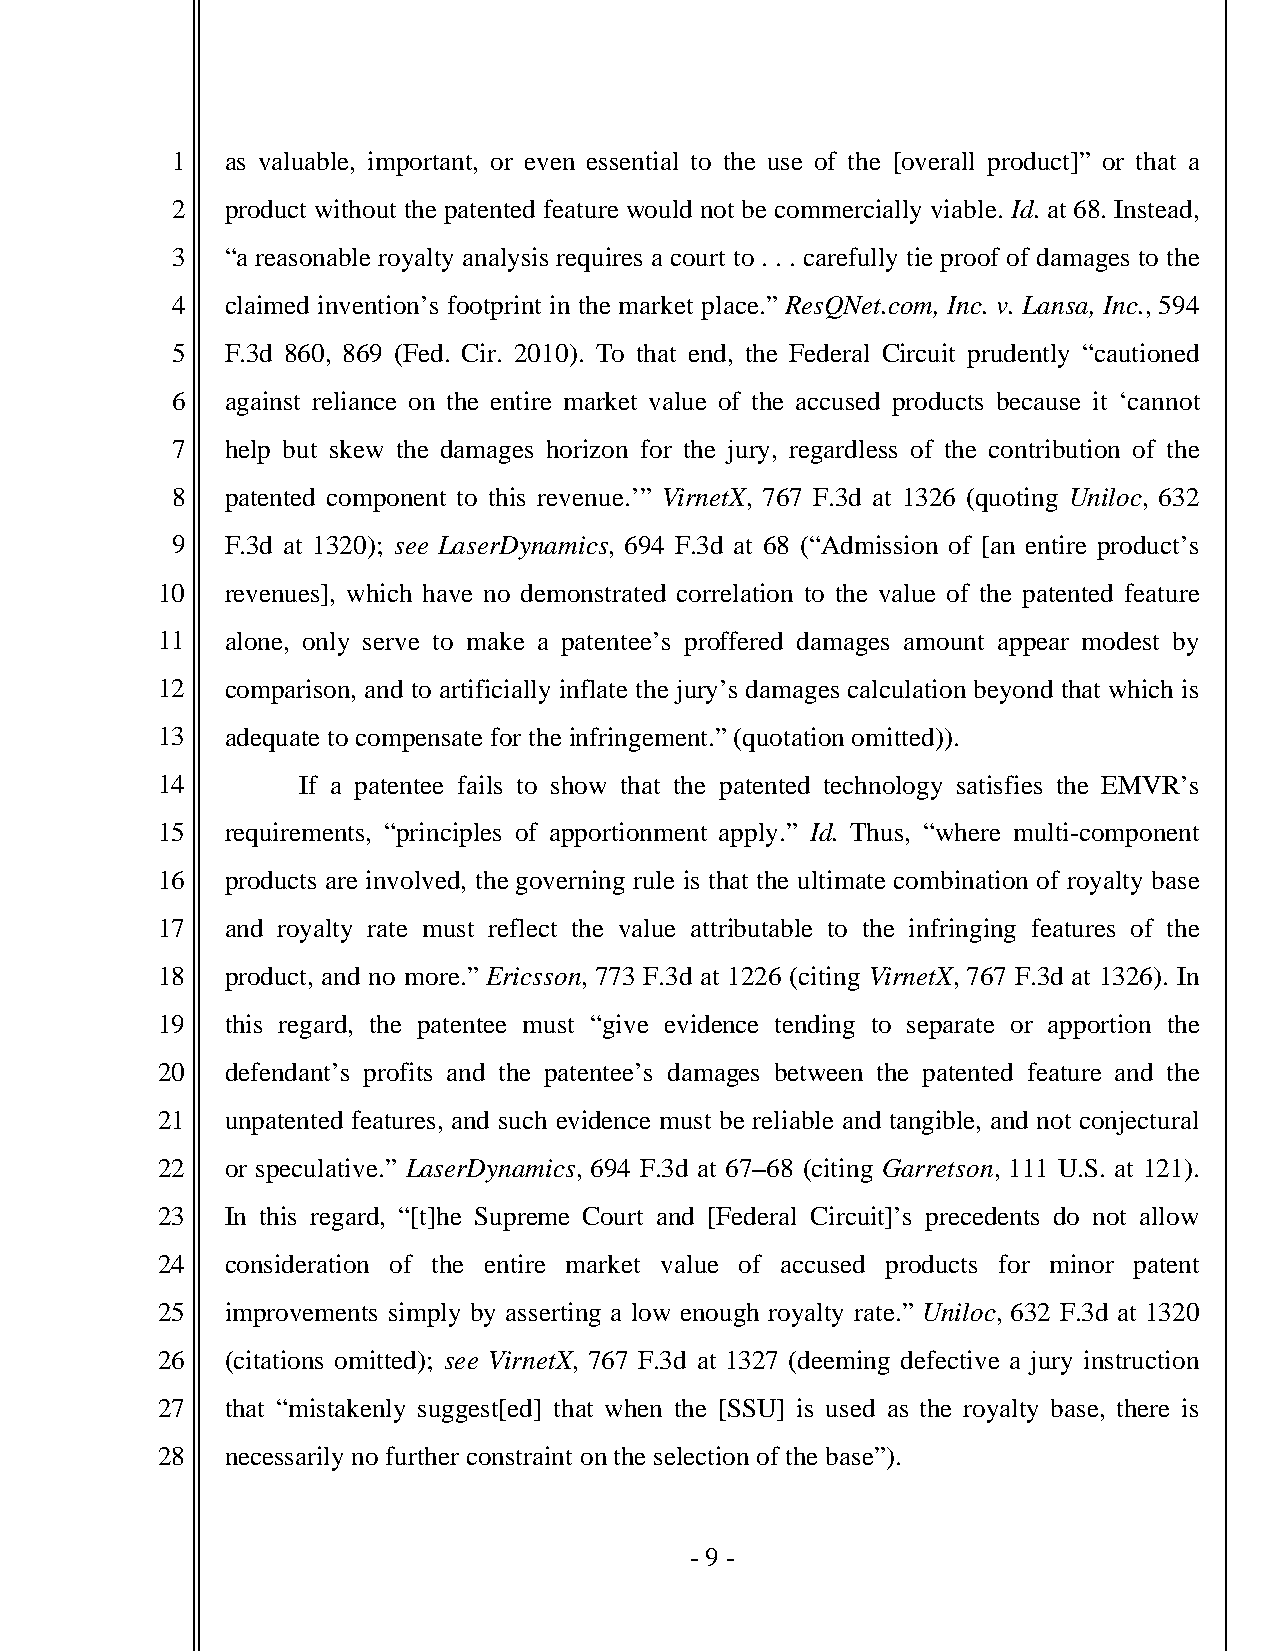
1   as valuable, important, or even essential to the use of the [overall product]” or that a
 2   product without the patented feature would not be commercially viable. Id. at 68. Instead,
 3   “a reasonable royalty analysis requires a court to . . . carefully tie proof of damages to the
 4   claimed invention’s footprint in the market place.” ResQNet.com, Inc. v. Lansa, Inc., 594
 5   F.3d 860, 869 (Fed. Cir. 2010). To that end, the Federal Circuit prudently “cautioned
 6   against reliance on the entire market value of the accused products because it ‘cannot
 7   help but skew the damages horizon for the jury, regardless of the contribution of the
 8   patented component to this revenue.’” VirnetX, 767 F.3d at 1326 (quoting Uniloc, 632
 9   F.3d at 1320); see LaserDynamics, 694 F.3d at 68 (“Admission of [an entire product’s
 10   revenues], which have no demonstrated correlation to the value of the patented feature
 11   alone, only serve to make a patentee’s proffered damages amount appear modest by
 12   comparison, and to artificially inflate the jury’s damages calculation beyond that which is
 13   adequate to compensate for the infringement.” (quotation omitted)).
 14        If a patentee fails to show that the patented technology satisfies the EMVR’s
 15   requirements, “principles of apportionment apply.” Id. Thus, “where multi-component
 16   products are involved, the governing rule is that the ultimate combination of royalty base
 17   and royalty rate must reflect the value attributable to the infringing features of the
 18   product, and no more.” Ericsson, 773 F.3d at 1226 (citing VirnetX, 767 F.3d at 1326). In
 19   this regard, the patentee must “give evidence tending to separate or apportion the
 20   defendant’s profits and the patentee’s damages between the patented feature and the
 21   unpatented features, and such evidence must be reliable and tangible, and not conjectural
 22   or speculative.” LaserDynamics, 694 F.3d at 67–68 (citing Garretson, 111 U.S. at 121).
 23   In this regard, “[t]he Supreme Court and [Federal Circuit]’s precedents do not allow
 24   consideration of the entire market value of accused products for minor patent
 25   improvements simply by asserting a low enough royalty rate.” Uniloc, 632 F.3d at 1320
 26   (citations omitted); see VirnetX, 767 F.3d at 1327 (deeming defective a jury instruction
 27   that “mistakenly suggest[ed] that when the [SSU] is used as the royalty base, there is
 28   necessarily no further constraint on the selection of the base”).
 - 9 -